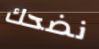
نضحك